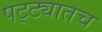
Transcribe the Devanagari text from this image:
पट्ट्यातच